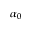
\alpha _ { 0 }